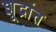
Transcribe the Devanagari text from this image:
शूद्रांत